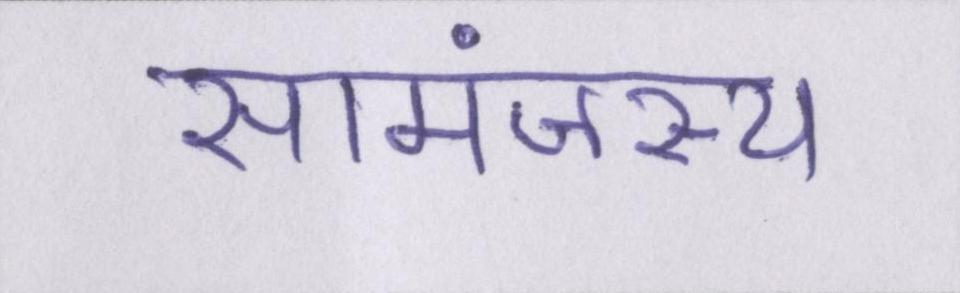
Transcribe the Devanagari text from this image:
सामंजस्य